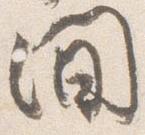
間